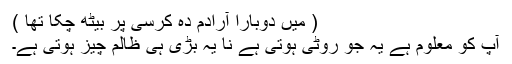
( میں دوبارا آرادم دہ کرسی پر بیٹھ چکا تھا )
آپ کو معلوم ہے یہ جو روٹی ہوتی ہے نا یہ بڑی ہی ظالم چیز ہوتی ہے۔